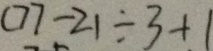
( 7 7 - 2 1 \div 3 + 1